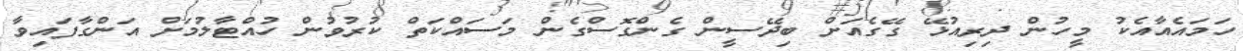
ހަމައެއާއެކު މީހުން ދިރިއުޅޭ ގޭގެއަށް ބިދޭސީން ގެންގޮސްގެން މަސައްކަތް ކުރުވުން ހުއްޓާލުމަށް އަންގާފައިވާ